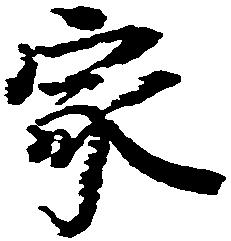
家